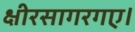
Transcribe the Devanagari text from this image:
क्षीरसागरगए।